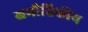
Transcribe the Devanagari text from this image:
खभौतिकीय